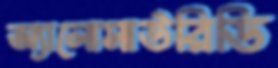
অ্যালোসাউরিডি